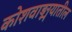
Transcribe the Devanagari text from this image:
कोशवाङ्मयातील